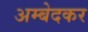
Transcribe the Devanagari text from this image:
अम्बेदकर